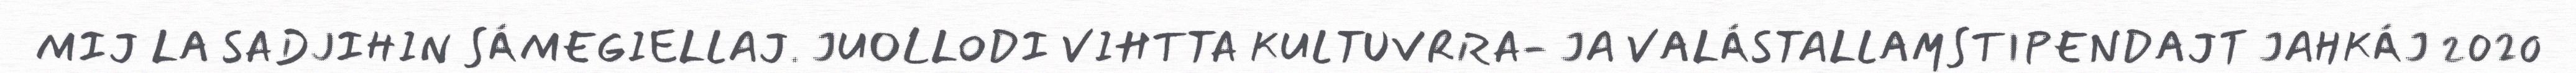
MIJ LA SADJIHIN SÁMEGIELLAJ. JUOLLODI VIHTTA KULTUVRRA- JA VALÁSTALLAMSTIPENDAJT JAHKÁJ 2020